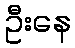
ဦးနေ